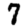
Digit: 7